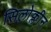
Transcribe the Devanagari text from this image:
सिलोक्लीन